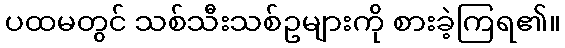
ပထမတွင် သစ်သီးသစ်ဥများကို စားခဲ့ကြရ၏။